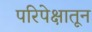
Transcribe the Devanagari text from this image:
परिपेक्षातून